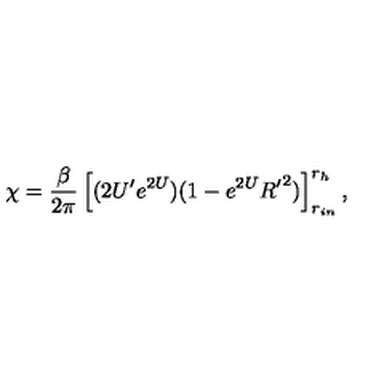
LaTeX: \chi = { \frac { \beta } { 2 \pi } } \left[ ( 2 U ^ { \prime } e ^ { 2 U } ) ( 1 - e ^ { 2 U } { R ^ { \prime } } ^ { 2 } ) \right] _ { r _ { i n } } ^ { r _ { h } } ,